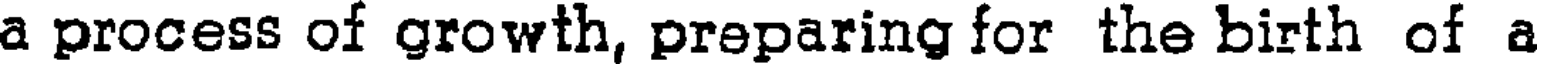
a process of growth, preparing for the birth of a